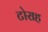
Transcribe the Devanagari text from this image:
टोराह